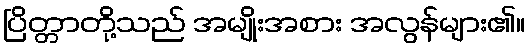
ပြိတ္တာတို့သည် အမျိုးအစား အလွန်များ၏။